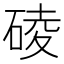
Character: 碐